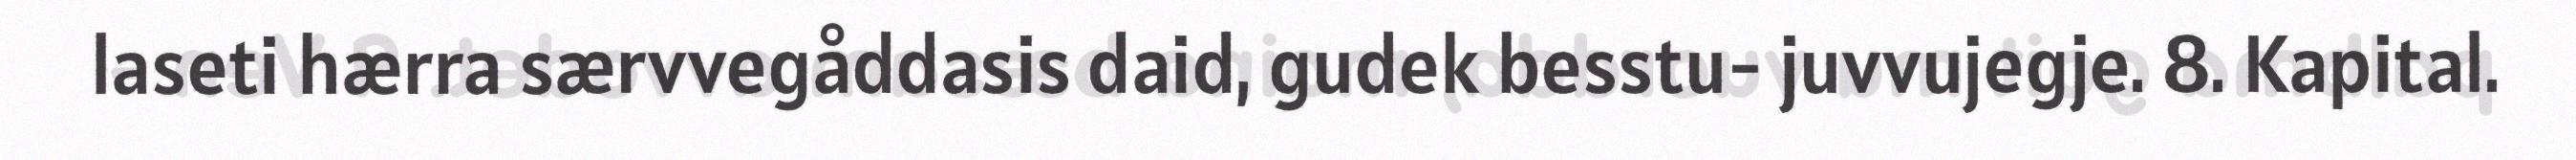
laseti hærra særvvegåddasis daid, gudek besstu- juvvujegje. 8. Kapital.